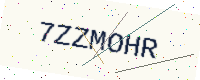
Text: 7ZZMOHR